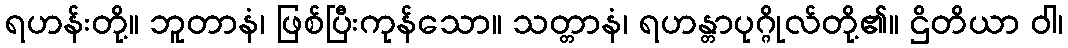
ရဟန်းတို့။ ဘူတာနံ၊ ဖြစ်ပြီးကုန်သော။ သတ္တာနံ၊ ရဟန္တာပုဂ္ဂိုလ်တို့၏။ ဌိတိယာ ဝါ၊